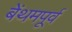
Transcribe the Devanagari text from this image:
बेंथमपूर्व